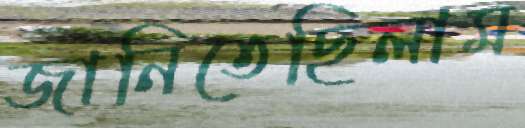
জানিতেছিলাম